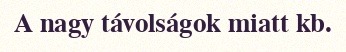
A nagy távolságok miatt kb.